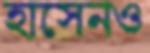
হাসেনও